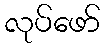
လုပ်ဖော်